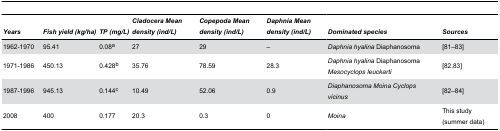
| Years | Fish yield (kg/ha) | TP (mg/L) | Cladocera Mean density (ind/L) | Copepoda Mean density (ind/L) | Daphnia Mean density (ind/L) | Dominated species | Sources |
 | --- | --- | --- | --- | --- | --- | --- | --- |
 | 1962-1970 | 95.41 | 0.08a | 27 | 29 | – | Daphnia hyalina Diaphanosoma | [81–83] |
 | 1971-1986 | 450.13 | 0.428b | 35.76 | 78.59 | 28.3 | Daphnia hyalina Diaphanosoma Mesocyclops leuckarti | [82,83] |
 | 1987-1996 | 945.13 | 0.144c | 10.49 | 52.06 | 0.9 | Diaphanosoma Moina Cyclops vicinus | [82–84] |
 | 2008 | 400 | 0.177 | 20.3 | 0.3 | 0 | Moina | This study (summer data) |